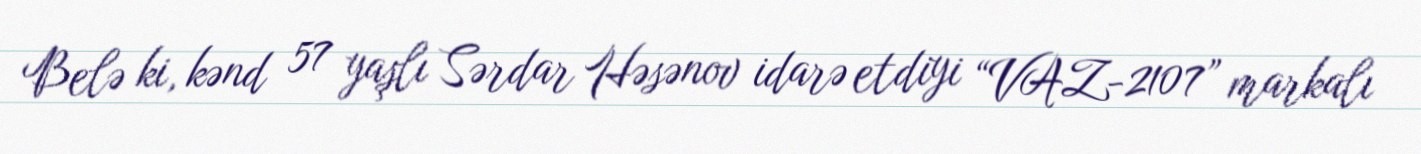
Belə ki, kənd 57 yaşlı Sərdar Həsənov idarə etdiyi “VAZ-2107” markalı